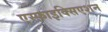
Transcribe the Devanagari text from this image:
एस्फ़ाइक्सिएशन